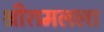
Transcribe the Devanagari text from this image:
श्रीरामलला